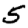
Digit: 5